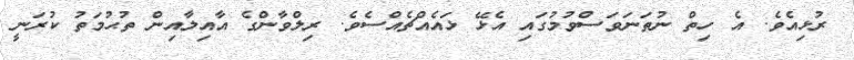
ރުޅިއެވެ. އެ ހިތް ނުތަނަވަސްވުމުގައި އެޅޭ ޅައެއްޗެއްސެވެ. ރިލްވާންގެ އާއިލާއިން ތުޙުމަތު ކުރަނީ